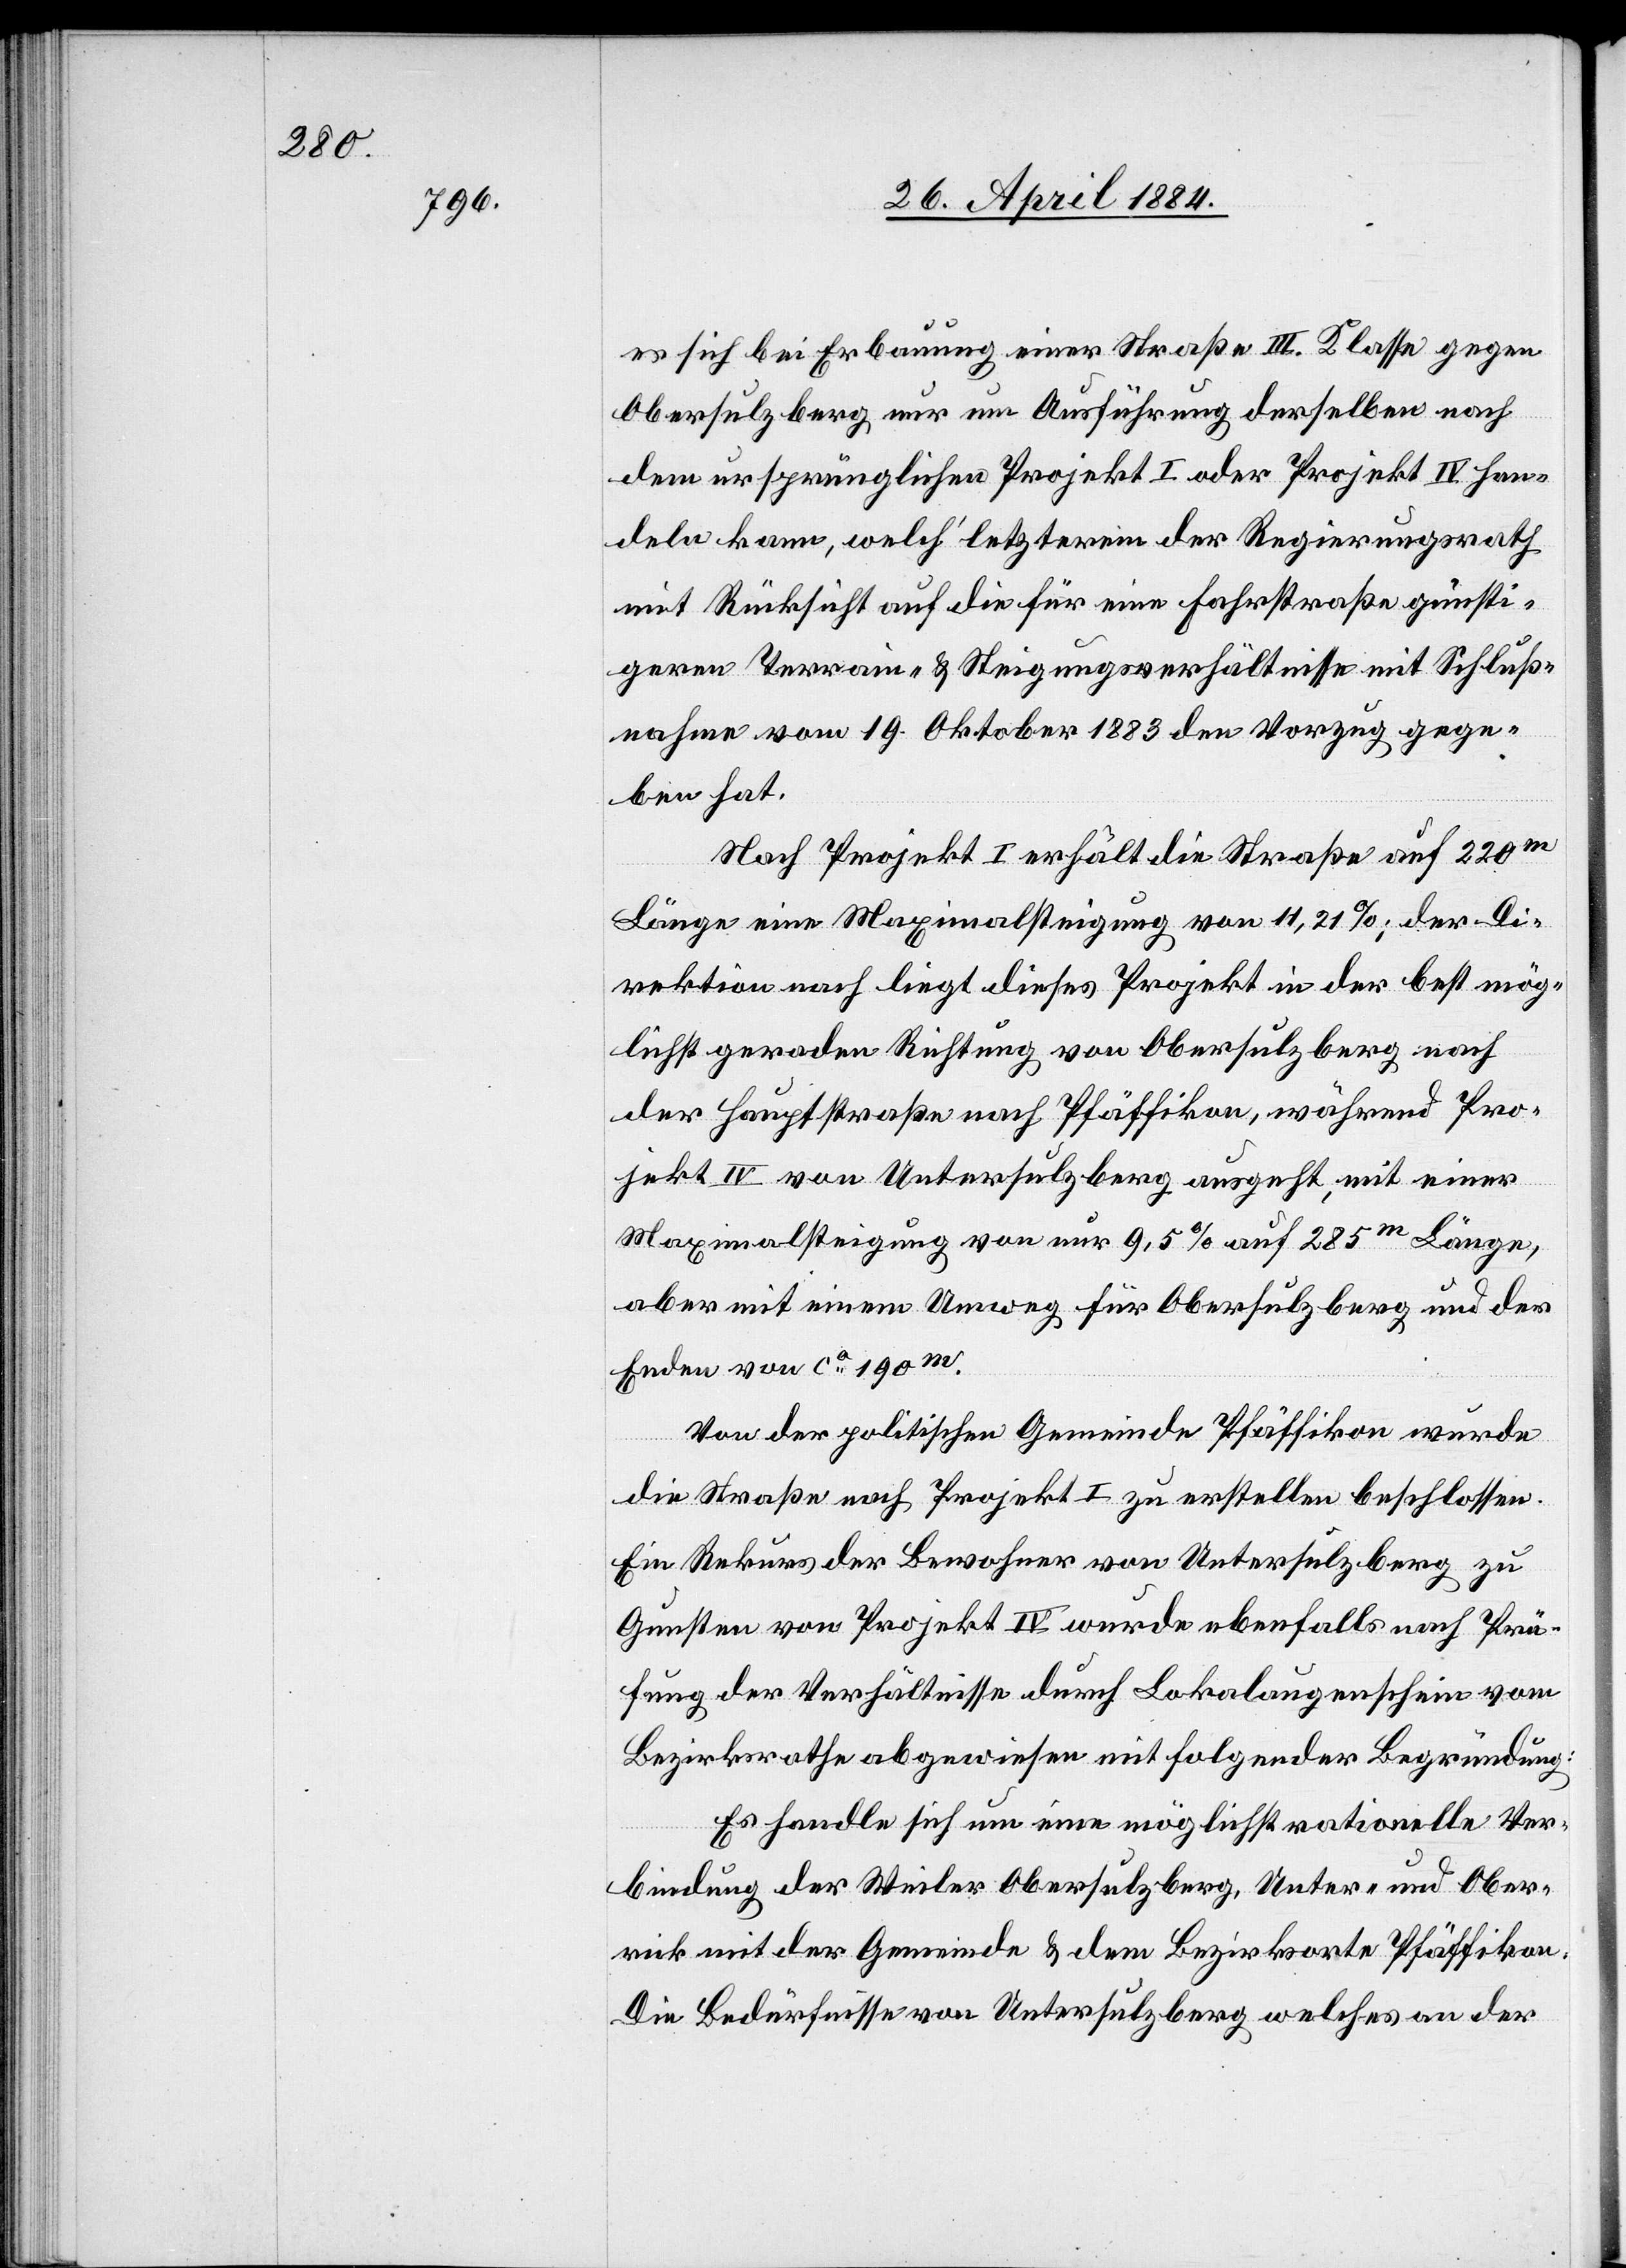
es sich bei Erbauung einer Straße III. Klasse gegen
Obersulzberg nur um Ausführung derselben nach
dem ursprünglichen Projekt I oder Projekt IV han¬
deln kann, welch‘ letzterem der Regierungsrath
mit Rücksicht auf die für eine Fahrstraße günsti¬
geren Terrain- & Steigungsverhältnisse mit Schluß¬
nahme vom 19. Oktober 1883 den Vorzug gege¬
ben hat.
Nach Projekt I erhält die Straße auf 220m
Länge eine Maximalsteigung von 11,21%; der Di¬
rektion nach liegt dieses Projekt in der best mög¬
lichst geraden Richtung von Obersulzberg nach
der Hauptstraße nach Pfäffikon, während Pro¬
jekt IV von Untersulzberg ausgeht, mit einer
190m.
Maximalsteigung von nur 9,5% auf 285m Länge,
aber mit einem Umweg für Obersulzberg und des
Von der politischen Gemeinde Pfäffikon wurde
die Straße nach Projekt I zu erstellen beschlossen.
Ein Rekurs der Bewohner von Untersulzberg zu
Gunsten von Projekt IV wurde ebenfalls nach Prü¬
fung der Verhältnisse durch Lokalaugenschein vom
Bezirksrathe abgewiesen mit folgender Begründung:
Es handle sich um eine möglichst rationelle Ver¬
bindung der Weiler Obersulzberg, Unter- und Ober¬
rick mit der Gemeinde & dem Bezirksorte Pfäffikon.
Die Bedürfnisse von Untersulzberg welches an der